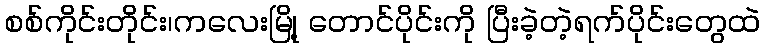
စစ်ကိုင်းတိုင်း၊ကလေးမြို့ တောင်ပိုင်းကို ပြီးခဲ့တဲ့ရက်ပိုင်းတွေထဲ